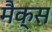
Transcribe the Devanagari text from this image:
मैक्‍स